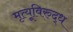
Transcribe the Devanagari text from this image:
मृत्यूविरुद्ध